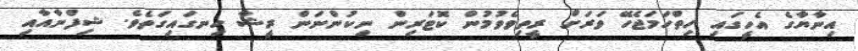
އިނާޔާގެ އެހީގައި ހިތްހަމަޖެހޭ ވަރަށް ރީތިވެވުމުން ކޮޓަރިން ނިކުންނަން ރީޝާ ހިނގައިގަތެވެ. ޝިފްނާއާއި